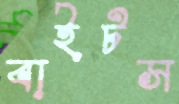
বাইটস